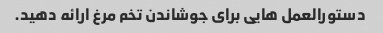
دستورالعمل هایی برای جوشاندن تخم مرغ ارائه دهید.